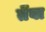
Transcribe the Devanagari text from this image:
तेंवा